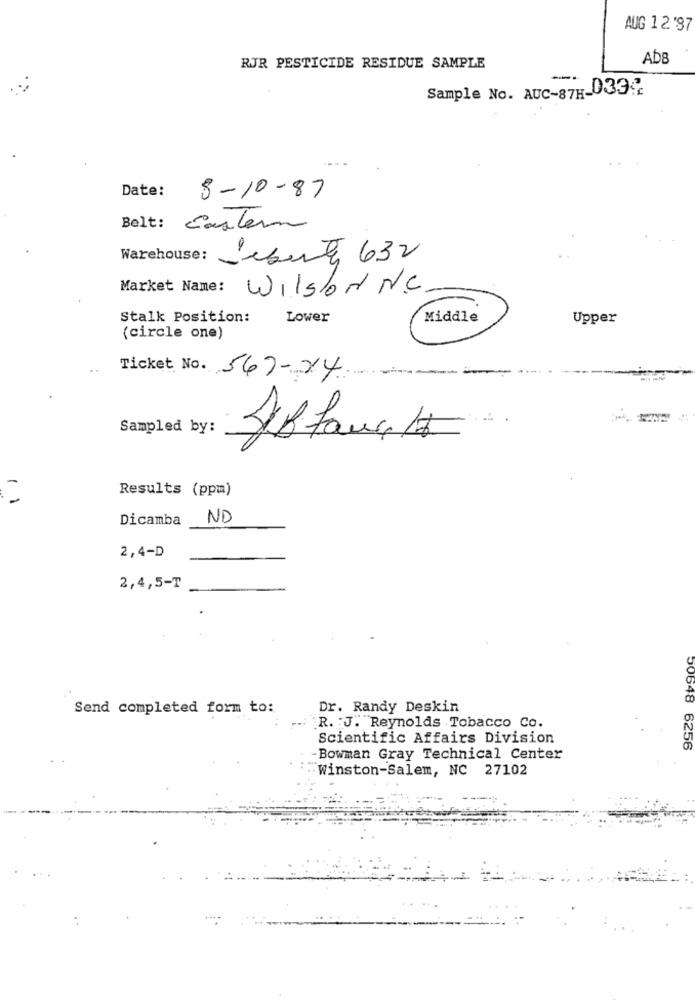
AUG 12'87
AB
RJR PESTICIDE RESIDUE SAMPLE
-
Sample No. AUC-871-033
Date:
8-10-87
Belt: Caster
Warehouse:
Liberty 632
Market Name:
Wilson N.C.
Stalk Position:
Lower
Middle
Upper
(circle one)
Ticket No. 567-24
Sampled by:
Results (ppm)
11
Dicamba
ND
2,4-D
2,4,5-T
Send completed form to:
Dr. Randy Deskin
R. J. Reynolds Tobacco Co.
Scientific Affairs Division
50648 6256
-Bowman Gray Technical Center
Winston-Salem, NC 27102